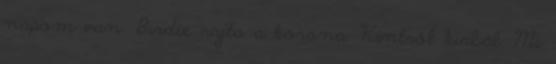
napom van. Birdie rajta a korona. Kintről kiabál. Mi